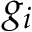
g _ { i }